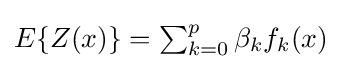
\textstyle E\{Z(x)\}=\sum _{k=0}^{p}\beta _{k}f_{k}(x)